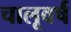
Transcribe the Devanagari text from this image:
चालूवर्ष